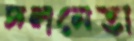
দলনেতা